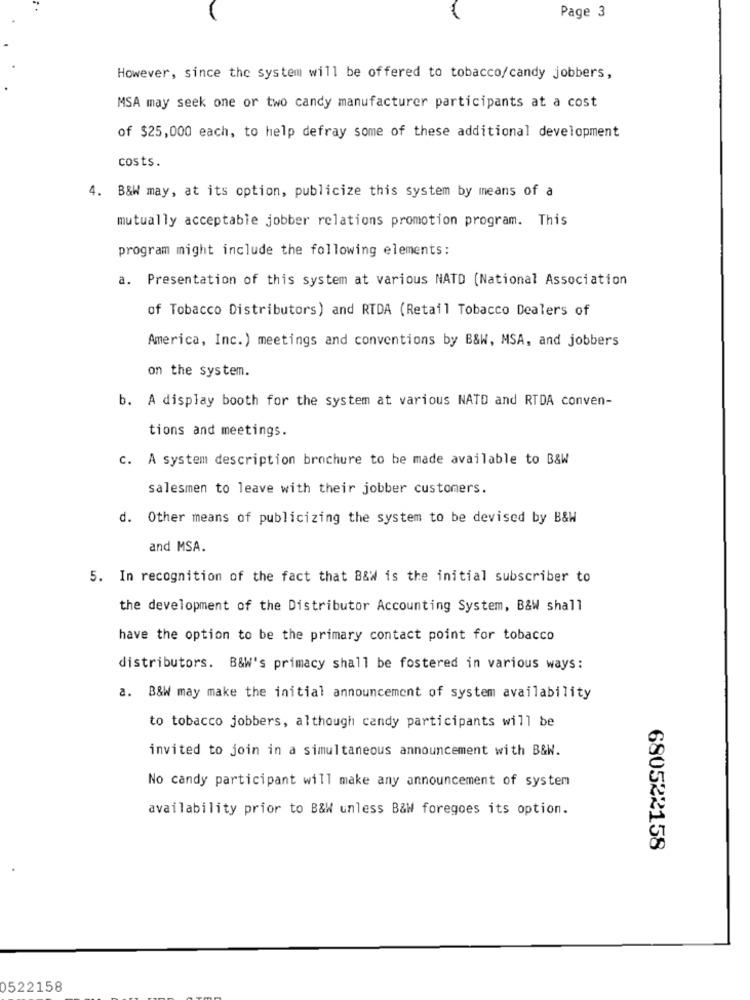
Page 3
However, since the system will be offered to tobacco/candy jobbers,
MSA may seek one or two candy manufacturer participants at a cost
of $25,000 each, to help defray some of these additional development
costs.
4. B&W may, at its option, publicize this system by means of a
mutually acceptable jobber relations promotion program. This
program might include the following elements:
a. Presentation of this system at various NATD (National Association
of Tobacco Distributors) and RIDA (Retail Tobacco Dealers of
America, Inc.) meetings and conventions by B&W, MSA, and jobbers
on the system.
b. A display booth for the system at various NATO and RTDA conven-
tions and meetings.
c. A system description brochure to be made available to B&W
salesmen to leave with their jobber customers.
d. Other means of publicizing the system to be devised by B&W
and MSA.
5. In recognition of the fact that B&W is the initial subscriber to
the development of the Distributor Accounting System, B&W shall
have the option to be the primary contact point for tobacco
distributors. B&W's primacy shall be fostered in various ways:
a. B&W may make the initial announcement of system availability
to tobacco jobbers, although candy participants will be
invited to join in a simultaneous announcement with B&W.
No candy participant will make any announcement of system
availability prior to B&W unless B&W foregoes its option.
680522158
0522158